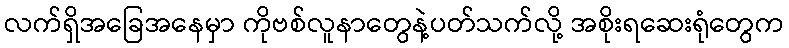
လက်ရှိအခြေအနေမှာ ကိုဗစ်လူနာတွေနဲ့ပတ်သက်လို့ အစိုးရဆေးရုံတွေက